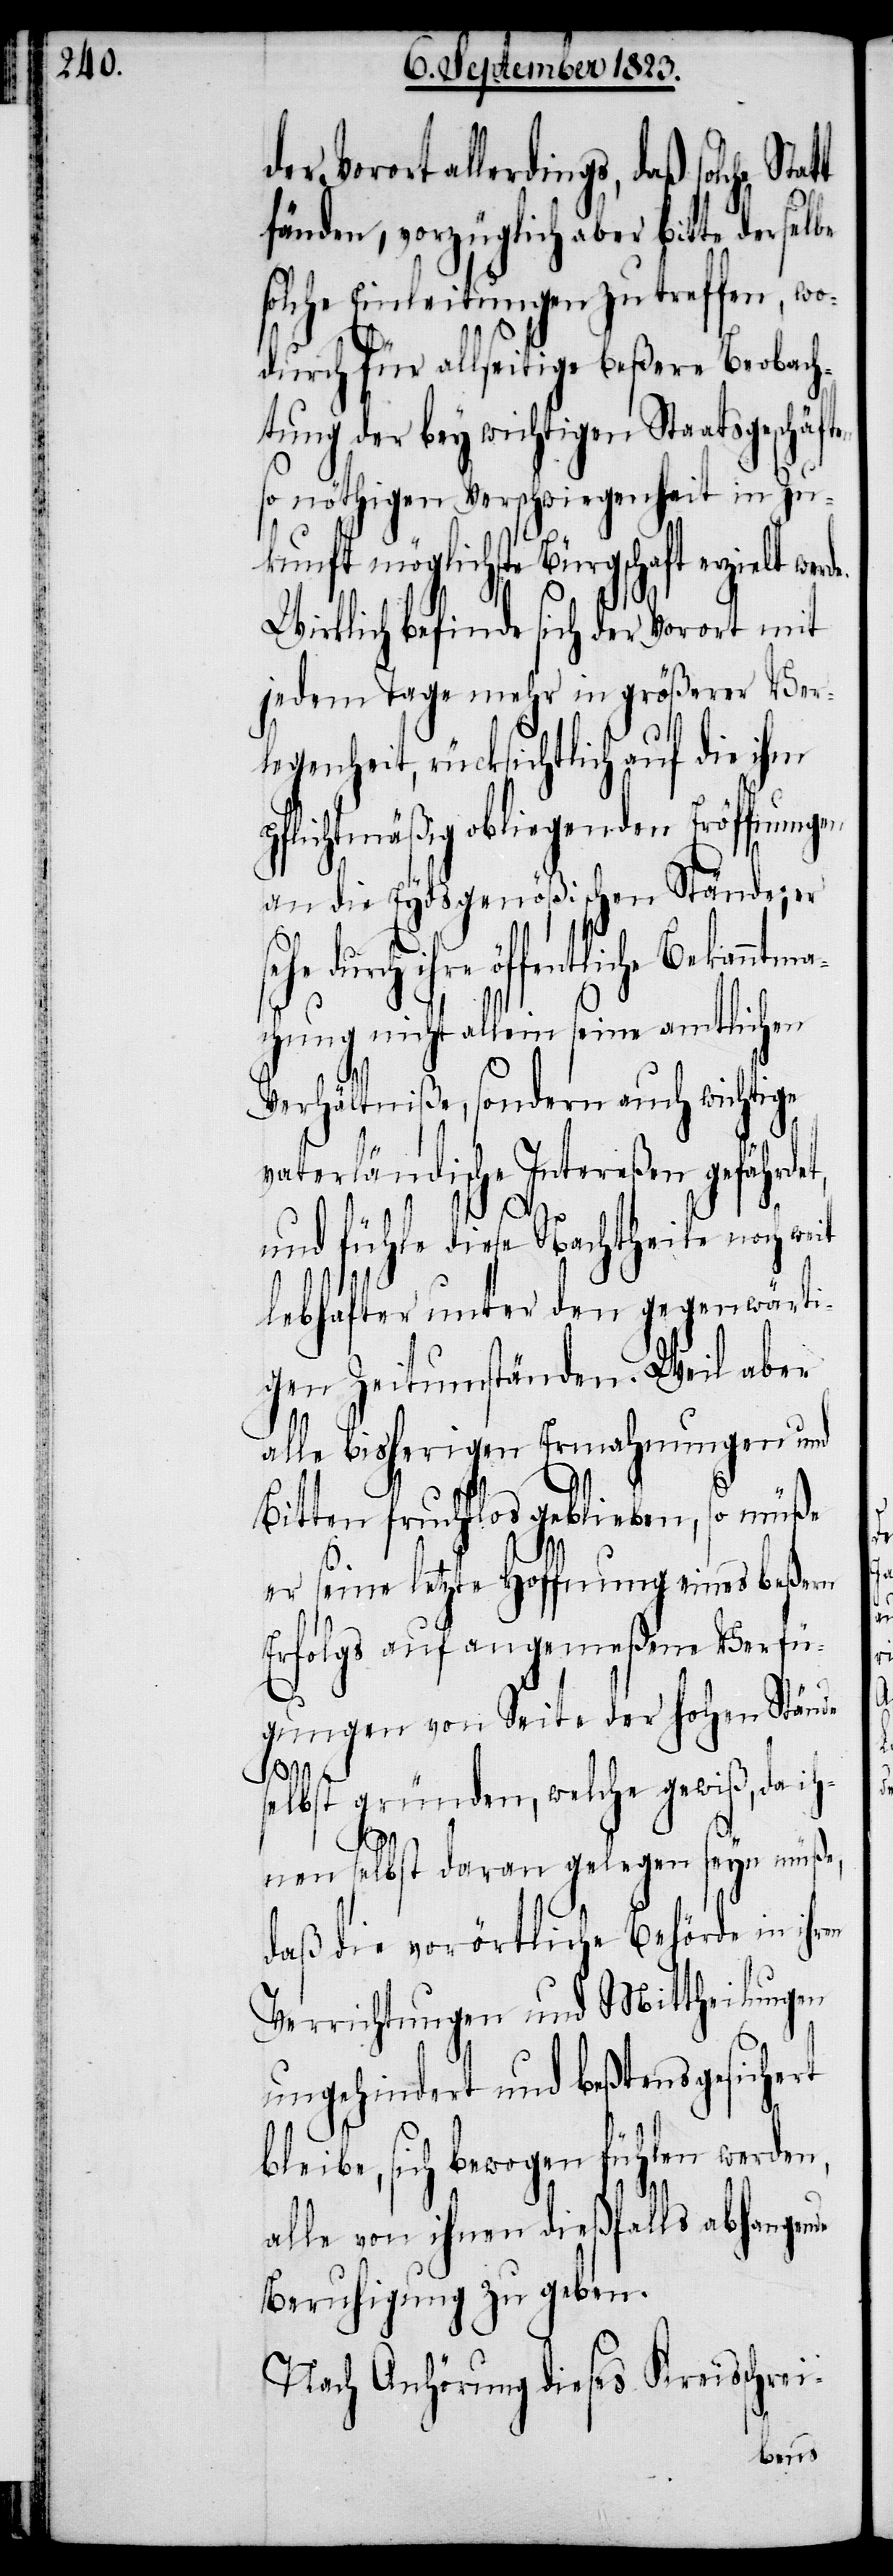
der Vorort allerdings, daß solche
fänden, vorzüglich aber bitte derselbe
solche Einleitungen zu treffen, wo¬
s¬
durch für allseitige beßere Beobach¬
tung der bey wichtigen Staatsgeschäf¬
so nöthigen Verschwiegenheit in Zu¬
kunft möglichste Bürgschaft erzielt
Wirklich befinde sich der Vorort mit
jedem Tage mehr in größerer Ver¬
legenheit, rücksichtlich auf die ihm
pflichtmäßig obliegenden Eröffnungen
an die Eydsgenößischen Stände; er
tliche Bekanntmac¬
hung nicht allein seine amtlichen
Verhältniße, sondern auch wichtige
vaterländische Intereßen gefährdet,
und fühle diese Nachtheile noch
lebhafter unter den gegenwärti¬
gen Zeitumständen. Weil aber
alle bisherigen Ermahnungen und
Bitten fruchtlos geblieben, so müße
er seine letzte Hoffnung eines beßern
Erfolgs auf angemeßene Verfü¬
gungen von Seite der hohen Stände
elbst gründen, welche gewiß, da
ihnen selbst daran gelegen seyn müße,
daß die vorörtliche Behörde in ihren
Verrichtungen und Mittheilungen
ungehindert und beßtens gesichert
bleibe, sich bewogen fühlen werden,
alle von ihnen dießfalls abhangende
Beruhigung zu geben.
Nach Anhörung dieses Kreisschrei-
werde.